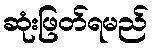
ဆုံးဖြတ်ရမည်